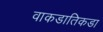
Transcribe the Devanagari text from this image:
वाकडातिकडा